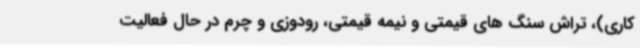
کاری)، تراش سنگ های قیمتی و نیمه قیمتی، رودوزی و چرم در حال فعالیت